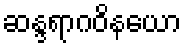
ဆန္ဒရာဂဝိနယော